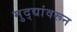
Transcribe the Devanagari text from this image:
मुद्द्यांवरून